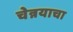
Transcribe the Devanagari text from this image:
चेन्नयाचा